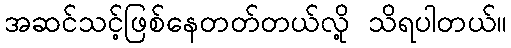
အဆင်သင့်ဖြစ်နေတတ်တယ်လို့ သိရပါတယ်။